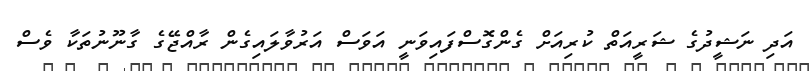
އަދި ނަޝީދުގެ ޝަރީއަތް ކުރިއަށް ގެންގޮސްފައިވަނީ އަވަސް އަރުވާލައިގެން ރާއްޖޭގެ ގާނޫނުތަކާ ވެސް